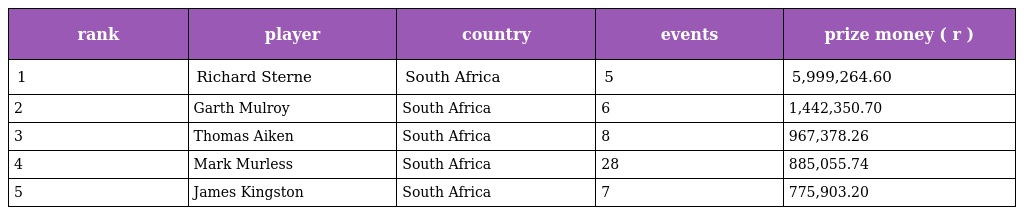
| rank | player | country | events | prize money ( r ) |
 | --- | --- | --- | --- | --- |
 | 1 | Richard Sterne | South Africa | 5 | 5,999,264.60 |
 | 2 | Garth Mulroy | South Africa | 6 | 1,442,350.70 |
 | 3 | Thomas Aiken | South Africa | 8 | 967,378.26 |
 | 4 | Mark Murless | South Africa | 28 | 885,055.74 |
 | 5 | James Kingston | South Africa | 7 | 775,903.20 |